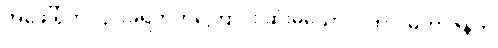
အဖေါ်ရှိက ငြင်းခုံရတတ်ကြောင်း ဆုံးမသော ဂါထာ၊ မဟာဇနက